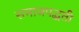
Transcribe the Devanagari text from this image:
समाजपद्धती